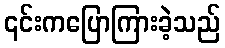
၎င်းကပြောကြားခဲ့သည်